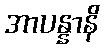
အာပန္နာနိ